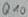
Text: Q10